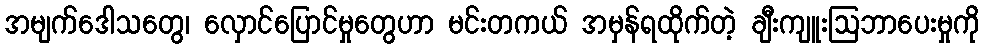
အမျက်ဒေါသတွေ၊ လှောင်ပြောင်မှုတွေဟာ မင်းတကယ် အမှန်ရထိုက်တဲ့ ချီးကျူးဩဘာပေးမှုကို